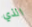
الذي